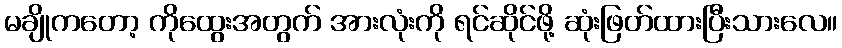
မချိုကတော့ ကိုထွေးအတွက် အားလုံးကို ရင်ဆိုင်ဖို့ ဆုံးဖြတ်ထားပြီးသားလေ။